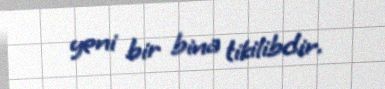
yeni bir bina tikilibdir.